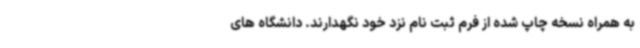
به همراه نسخه چاپ شده از فرم ثبت نام نزد خود نگهدارند. دانشگاه های